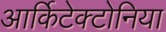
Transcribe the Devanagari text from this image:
आर्किटेक्टोनिया